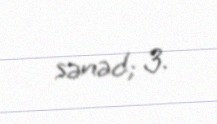
sənəd; 3.